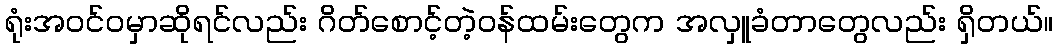
ရုံးအဝင်ဝမှာဆိုရင်လည်း ဂိတ်စောင့်တဲ့ဝန်ထမ်းတွေက အလှူခံတာတွေလည်း ရှိတယ်။